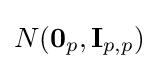
N(\mathbf {0} _{p},\mathbf {I} _{p,p})